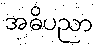
အဓိပညာ